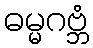
ဓမ္မဂဗ္ဘံ